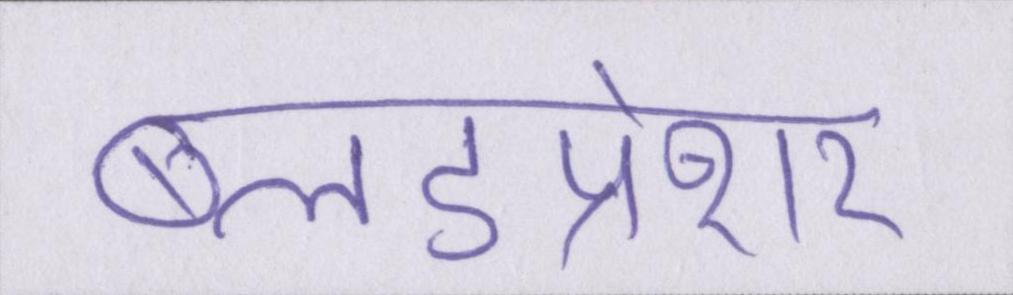
ब्लडप्रेशर